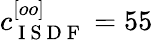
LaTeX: c_{\mathrm{~I~S~D~F~}}^{[oo]}=55